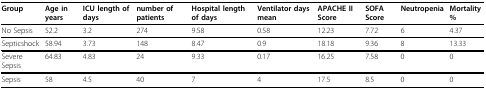
<table><thead><tr><td><b>Group</b></td><td><b>Age in years</b></td><td><b>ICU length of days</b></td><td><b>number of patients</b></td><td><b>Hospital length of days</b></td><td><b>Ventilator days mean</b></td><td><b>APACHE II Score</b></td><td><b>SOFA Score</b></td><td><b>Neutropenia</b></td><td><b>Mortality %</b></td></tr></thead><tbody><tr><td>No Sepsis</td><td>52.2</td><td>3.2</td><td>274</td><td>9.58</td><td>0.58</td><td>12.23</td><td>7.72</td><td>6</td><td>4.37</td></tr><tr><td>Septicshock</td><td>58.94</td><td>3.73</td><td>148</td><td>8.47</td><td>0.9</td><td>18.18</td><td>9.36</td><td>8</td><td>13.33</td></tr><tr><td>Severe Sepsis</td><td>64.83</td><td>4.83</td><td>24</td><td>9.33</td><td>0.17</td><td>16.25</td><td>7.58</td><td>0</td><td>0</td></tr><tr><td>Sepsis</td><td>58</td><td>4.5</td><td>40</td><td>7</td><td>4</td><td>17.5</td><td>8.5</td><td>0</td><td>0</td></tr></tbody></table>